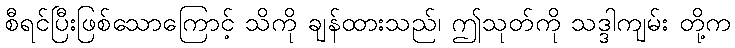
စီရင်ပြီးဖြစ်သောကြောင့် သိကို ချန်ထားသည်၊ ဤသုတ်ကို သဒ္ဒါကျမ်း တို့က